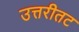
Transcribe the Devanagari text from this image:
उत्तरीतट